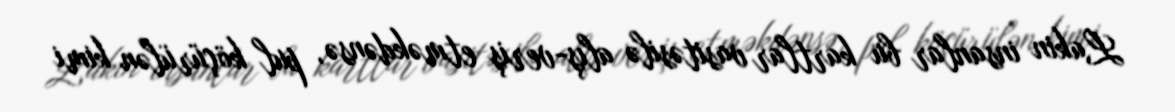
Lakin insanlar bu kartlar vasitəsilə alış-veriş etməkdənsə, pul köçürülən kimi